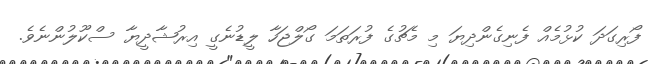
ފޯރިގަދަ ކުޅުމެއް ފެނިގެންދިޔަ މި މެޗުގެ ފުރަތަމަ ގޯލްޖަހާ ލީޑުނެގީ އިރުޝާދީޔާ ސްކޫލުންނެވެ.